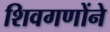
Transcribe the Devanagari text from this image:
शिवगणोंने